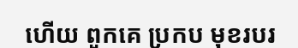
ហើយ ពួកគេ ប្រកប មុខរបរ